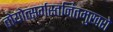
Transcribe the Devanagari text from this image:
तोयोत्सर्गस्तनितमुखरो